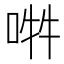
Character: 𠵮